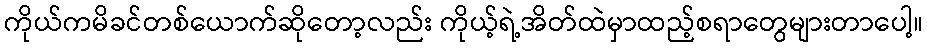
ကိုယ်ကမိခင်တစ်ယောက်ဆိုတော့လည်း ကိုယ့်ရဲ့အိတ်ထဲမှာထည့်စရာတွေများတာပေါ့။